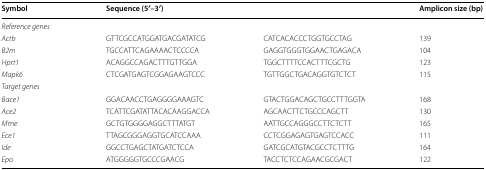
<table><thead><tr><td><b>Symbol</b></td><td colspan="2"><b>Sequence (5′–3′)</b></td><td><b>Amplicon size (bp)</b></td></tr></thead><tbody><tr><td colspan="3"><i>Reference genes</i></td><td></td></tr><tr><td><i>Actb</i></td><td>GTTCGCCATGGATGACGATATCG</td><td>CATCACACCCTGGTGCCTAG</td><td>139</td></tr><tr><td><i>B2m</i></td><td>TGCCATTCAGAAAACTCCCCA</td><td>GAGGTGGGTGGAACTGAGACA</td><td>104</td></tr><tr><td><i>Hprt1</i></td><td>ACAGGCCAGACTTTGTTGGA</td><td>TGGCTTTTCCACTTTCGCTG</td><td>123</td></tr><tr><td><i>Mapk6</i></td><td>CTCGATGAGTCGGAGAAGTCCC</td><td>TGTTGGCTGACAGGTGTCTCT</td><td>115</td></tr><tr><td colspan="3"><i>Target genes</i></td><td></td></tr><tr><td><i>Bace1</i></td><td>GGACAACCTGAGGGGAAAGTC</td><td>GTACTGGACAGCTGCCTTTGGTA</td><td>168</td></tr><tr><td><i>Ace2</i></td><td>TCATTCGATATTACACAAGGACCA</td><td>AGCAACTTCTGCCCAGCTT</td><td>130</td></tr><tr><td><i>Mme</i></td><td>GCTGTGGGGAGGCTTTATGT</td><td>AATTGCCAGGGCCTTCTCTT</td><td>165</td></tr><tr><td><i>Ece1</i></td><td>TTAGCGGGAGGTGCATCCAAA</td><td>CCTCGGAGAGTGAGTCCACC</td><td>111</td></tr><tr><td><i>Ide</i></td><td>GGCCTGAGCTATGATCTCCA</td><td>GATCGCATGTACGCCTCTTTG</td><td>164</td></tr><tr><td><i>Epo</i></td><td>ATGGGGGTGCCCGAACG</td><td>TACCTCTCCAGAACGCGACT</td><td>122</td></tr></tbody></table>